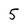
Character: 5